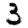
Digit: 3